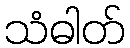
သံဓါတ်